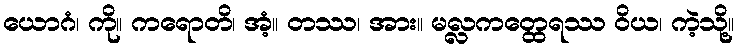
ယောဂံ၊ ကို။ ကရောတိ၊ အံ့။ တဿ၊ အား။ မလ္လကတ္ထေရဿ ဝိယ၊ ကဲ့သို့။